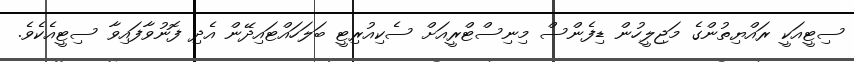
ސިޓީއަކީ ރައްޔިތުންގެ މަޖިލީހުން ޑިފެންސް މިނިސްޓްރީއަށް ސެކިއުރިޓީ ބަލަހައްޓައިދޭން އެދި ފޮނުވާފައިވާ ސިޓީއެކެވެ.